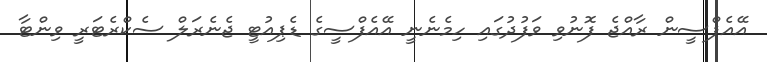
އޭއެފްސީން ރާއްޖެ ފޮނުވި ވަފުދުގައި ހިމެނެނީ އޭއެފްސީގެ ޑެޕިއުޓީ ޖެނެރަލް ސެކްރެޓަރީ ވިންޓާ